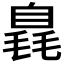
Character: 𣯝